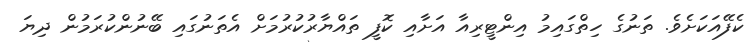
ކެފޭއަކަށެވެ. ތަނުގެ ހިތްގައިމު އިންޓީރިއާ އަށާއި ކޮފީ ތައްޔާރުކުރުމަށް އެތަނުގައި ބޭނުންކުރަމުން ދިޔަ